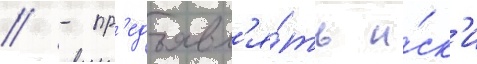
// - пр'едъявл'я́ть и́ск'и